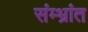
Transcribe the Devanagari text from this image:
संम्भ्रांत